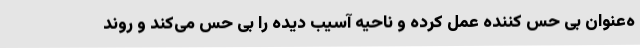
ه‌عنوان بی حس کننده عمل کرده و ناحیه آسیب دیده را بی حس می‌کند و روند